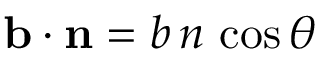
\mathbf { b } \cdot \mathbf { n } = b \, n \, \cos \theta